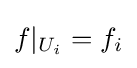
f|_{U_{i}}=f_{i}